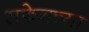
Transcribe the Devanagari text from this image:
सफ्रेनच्या